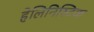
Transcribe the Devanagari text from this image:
हेलिनिस्टिक